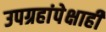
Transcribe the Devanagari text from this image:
उपग्रहांपेक्षाही